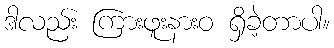
ဒါလည်း ကြားဖူးနားဝ ရှိခဲ့တာပါ။